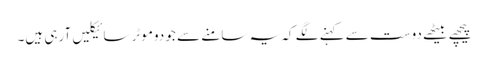
پیچھے بیٹھے دوست سے کہنے لگے کہ یہ سامنے سے جو دوموٹر سائیکلیں آرہی ہیں۔